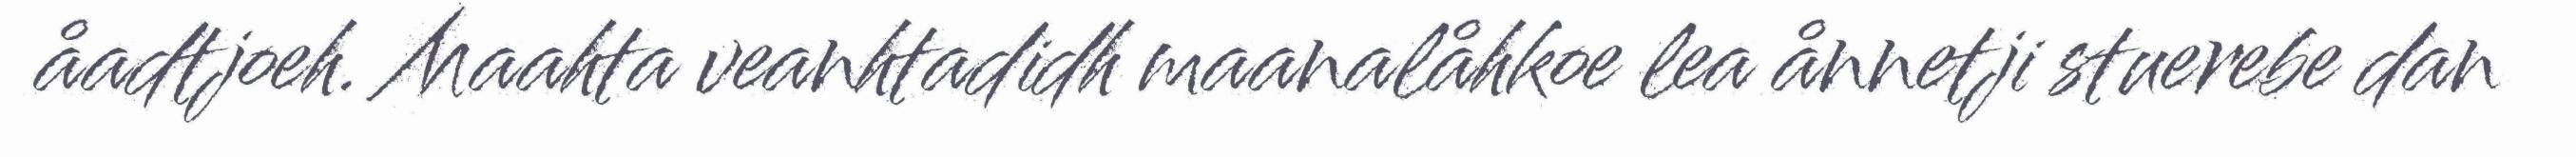
åadtjoeh. Maahta veanhtadidh maanalåhkoe lea ånnetji stuerebe dan